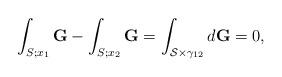
LaTeX: \begin{align*}\int_{S;x_1} {\bf G} - \int_{S;x_2} {\bf G}=\int_{{\cal S}\times\gamma_{12}} d{\bf G} = 0, \end{align*}